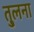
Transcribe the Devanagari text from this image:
तु्लना